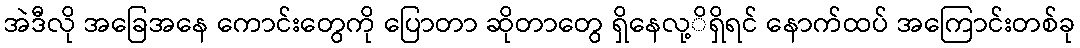
အဲဒီလို အခြေအနေ ကောင်းတွေကို ပြောတာ ဆိုတာတွေ ရှိနေလု့ိရှိရင် နောက်ထပ် အကြောင်းတစ်ခု